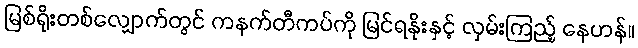
မြစ်ရိုးတစ်လျှောက်တွင် ကနက်တီကပ်ကို မြင်ရနိုးနှင့် လှမ်းကြည့် နေဟန်။